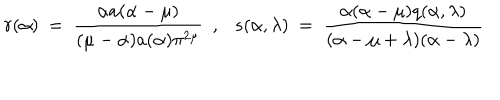
r ( \alpha ) ~ = ~ \frac { \alpha a ( \alpha - \mu ) } { ( \mu - \alpha ) a ( \alpha ) \pi ^ { 2 \mu } } { } ~ ~ , s ( \alpha , \lambda ) ~ = ~ \frac { \alpha ( \alpha - \mu ) q ( \alpha , \lambda ) } { ( \alpha - \mu + \lambda ) ( \alpha - \lambda ) }